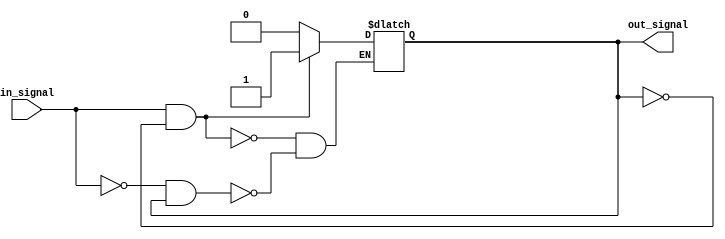
module schmitt_trigger_buffer (
    input wire in_signal,
    output reg out_signal
);

reg out_reg;

always @ (in_signal) begin
    if (in_signal == 1'b1 && out_reg == 1'b0)
        out_reg <= 1'b1;
    else if (in_signal == 1'b0 && out_reg == 1'b1)
        out_reg <= 1'b0;
end

assign out_signal = out_reg;

endmodule